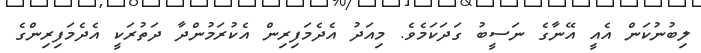
ލިބުނުކަން އެއީ އޭނާގެ ނަސީބު ގަދަކަމެވެ. މިއަދު އެދެމަފިރިން އެކުރަމުންދާ ދަތުރަކީ އެދެމަފިރިންގެ